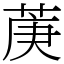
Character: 菮